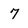
Character: 7